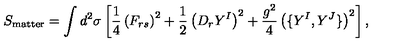
S _ { \mathrm { m a t t e r } } = \int d ^ { 2 } \sigma \left[ \frac { 1 } { 4 } \left( F _ { r s } \right) ^ { 2 } + \frac { 1 } { 2 } \left( D _ { r } Y ^ { I } \right) ^ { 2 } + \frac { g ^ { 2 } } { 4 } \left( \{ Y ^ { I } , Y ^ { J } \} \right) ^ { 2 } \right] ,